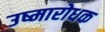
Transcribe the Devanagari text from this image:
उष्मारोधक